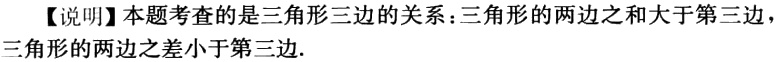
【说明】本题考查的是三角形三边的关系：三角形的两边之和大于第三边，三角形的两边之差小于第三边.